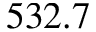
5 3 2 . 7